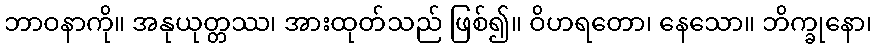
ဘာဝနာကို။ အနုယုတ္တဿ၊ အားထုတ်သည် ဖြစ်၍။ ဝိဟရတော၊ နေသော။ ဘိက္ခုနော၊